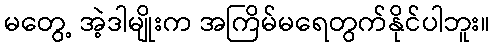
မတွေ့ အဲ့ဒါမျိုးက အကြိမ်မရေတွက်နိုင်ပါဘူး။